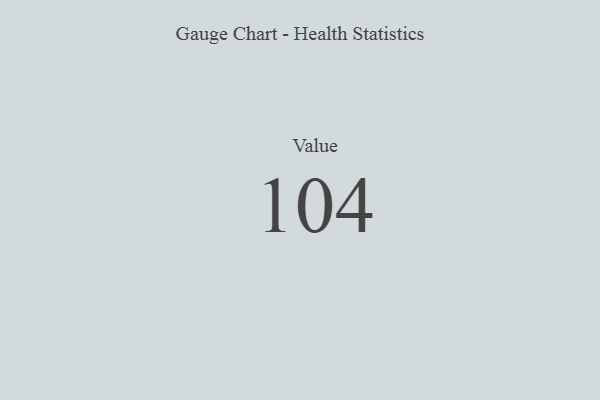
{"axis": {"x": "Metric", "y": "Value"}, "legend": [""], "data": [{"x": "Value", "y": 104, "type": ""}]}